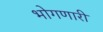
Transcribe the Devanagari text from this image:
भोगणारी